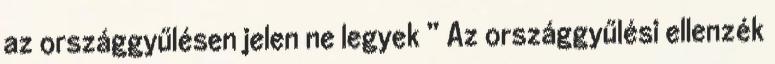
az országgyűlésen jelen ne legyek ” Az országgyűlési ellenzék